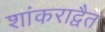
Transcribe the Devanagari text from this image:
शांकराद्वैत